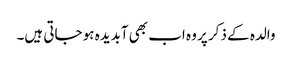
والدہ کے ذکر پر وہ اب بھی آبدیدہ ہو جاتی ہیں۔